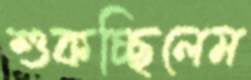
শুকচ্ছিলেম